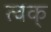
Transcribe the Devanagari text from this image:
त्वक्‌